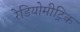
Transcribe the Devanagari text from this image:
रेडियोमीट्रिक